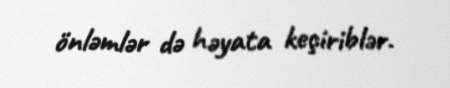
önləmlər də həyata keçiriblər.